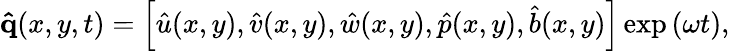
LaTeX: \mathbf{\hat{q}}(x,y,t)=\left[\hat{u}(x,y),\hat{v}(x,y),\hat{w}(x,y),\hat{p}(x,y),\hat{b}(x,y)\right]\exp\left(\omega t\right),